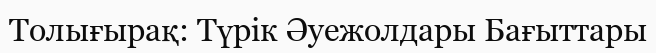
Толығырақ: Түрік Әуежолдары Бағыттары